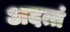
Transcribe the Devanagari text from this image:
अदत्तं